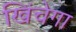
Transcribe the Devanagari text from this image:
खिंचेगा